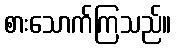
စားသောက်ကြသည်။